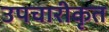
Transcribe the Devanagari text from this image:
उपचारीकृत